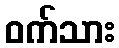
ဝက်သား